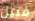
فتيل